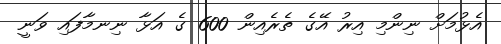
އެޅުމަށް ނިންމި އިރު އޭގެ ތެރެއިން 600 ގެ އަޅާ ނިނމާފައި ވަނީ